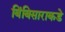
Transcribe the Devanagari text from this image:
बिंबिसाराकडे